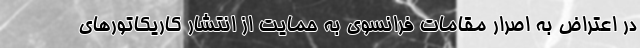
در اعتراض به اصرار مقامات فرانسوی به حمایت از انتشار کاریکاتورهای